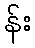
န်း